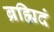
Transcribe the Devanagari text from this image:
ब्रह्मिदं